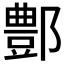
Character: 鄷